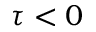
\tau < 0